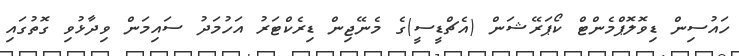
ހައުސިން ޑިވޮލޮޕްމެންޓް ކޯޕަރޭޝަން (އެޗްޑީސީ)ގެ މެނޭޖިން ޑިރެކްޓަރު އަހުމަދު ސައިމަން ވިދާޅުވި ގޮތުގައި